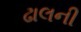
ઢાલની